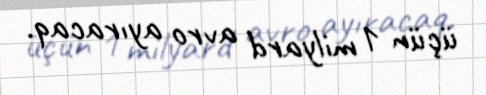
üçün 1 milyard avro ayıracaq.